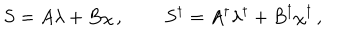
LaTeX: S = A \lambda + B \chi \, , \qquad \, S ^ { \dagger } = A ^ { \dagger } \lambda ^ { \dagger } + B ^ { \dagger } \chi ^ { \dagger } \, ,